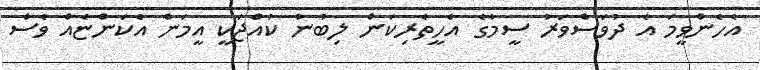
އެހެންވީމަ އެ ދުވަސްވަރު ސީމާގެ އެހީތެރިކަން ލިބުނު ކުއްޖަކީ އީމަން އެކަންޏެއް ވެސް